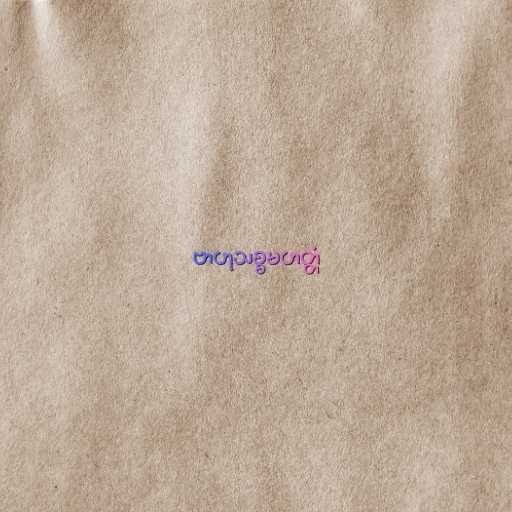
ဗာဟုသစ္စမဟတ္တံ